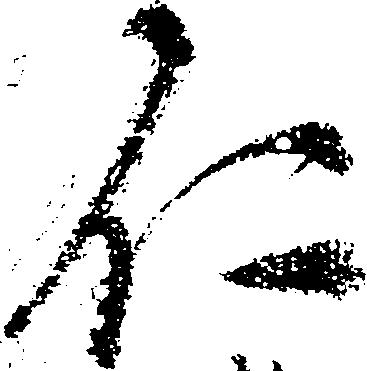
仁